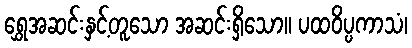
ရွှေအဆင်းနှင့်တူသော အဆင်းရှိသော။ ပထဝိပ္ပကာသံ၊